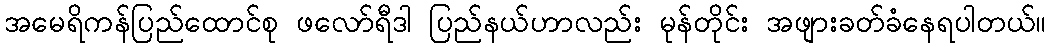
အမေရိကန်ပြည်ထောင်စု ဖလော်ရီဒါ ပြည်နယ်ဟာလည်း မုန်တိုင်း အဖျားခတ်ခံနေရပါတယ်။